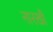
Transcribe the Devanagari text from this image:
नारखी